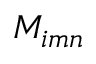
M _ { i m n }